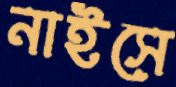
নাইসে